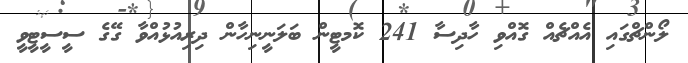
ލޯންޗްގަައި އެއްޗެއް ގޮއްވި ހާދިސާ 241 ކޮމޓީން ބަލަނީނިހާން ދިރިއުޅުއްވާ ގޭގެ ސީސީޓީވީ